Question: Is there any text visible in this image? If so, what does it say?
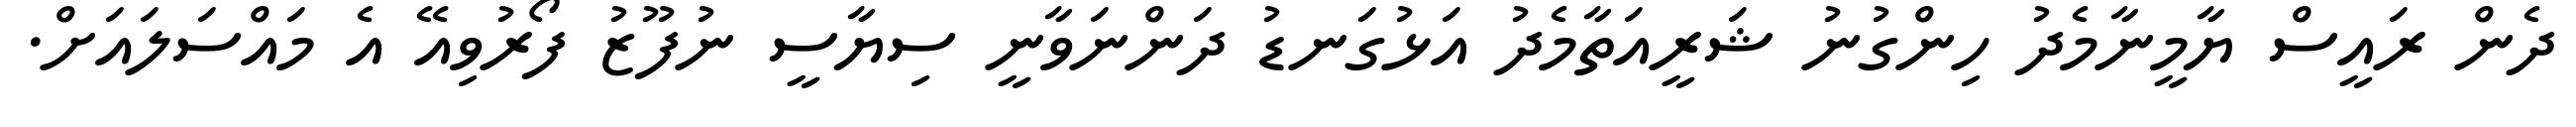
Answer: ދެން ރައީސް ޔާމީނާމެދު ހިންގުނު ޝަރީއަތާމެދު އަޅުގަނޑު ދަންނަވާނީ ސިޔާސީ ނުފޫޒު ފޯރުވިއޭ އެ މައްސަލައަށް.